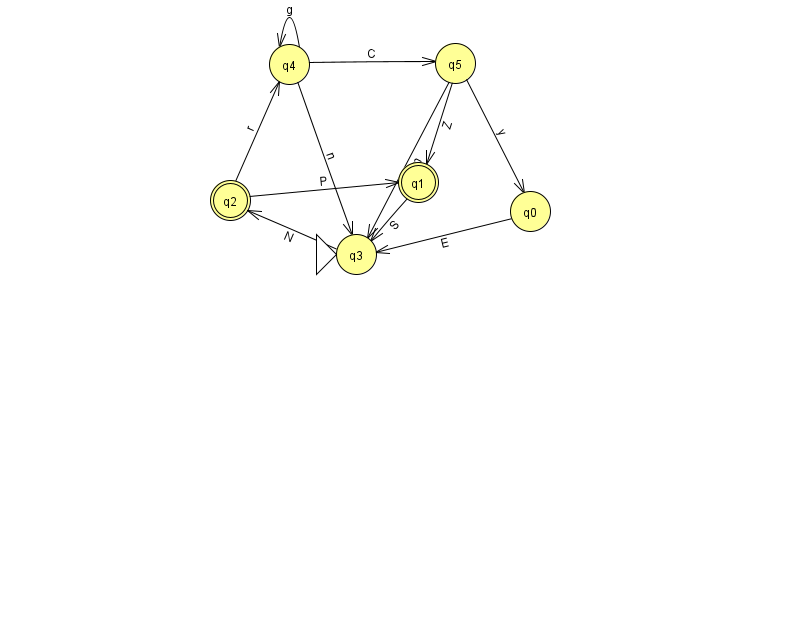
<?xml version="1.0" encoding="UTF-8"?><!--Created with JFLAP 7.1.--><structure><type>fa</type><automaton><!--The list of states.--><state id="0" name="q0"><x>530.0</x><y>198.0</y></state><state id="1" name="q1"><x>418.0</x><y>169.0</y><final/></state><state id="2" name="q2"><x>230.0</x><y>187.0</y><final/></state><state id="3" name="q3"><x>356.0</x><y>241.0</y><initial/></state><state id="4" name="q4"><x>289.0</x><y>51.0</y></state><state id="5" name="q5"><x>455.0</x><y>50.0</y></state><!--The list of transitions.--><transition><from>5</from><to>0</to><read>y</read></transition><transition><from>2</from><to>1</to><read>P</read></transition><transition><from>2</from><to>4</to><read>r</read></transition><transition><from>1</from><to>3</to><read>S</read></transition><transition><from>4</from><to>4</to><read>g</read></transition><transition><from>4</from><to>5</to><read>C</read></transition><transition><from>4</from><to>3</to><read>n</read></transition><transition><from>5</from><to>1</to><read>Z</read></transition><transition><from>3</from><to>2</to><read>N</read></transition><transition><from>0</from><to>3</to><read>E</read></transition><transition><from>5</from><to>3</to><read>m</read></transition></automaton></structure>